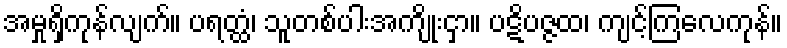
အမှုရှိကုန်လျက်။ ပရတ္ထံ၊ သူတစ်ပါးအကျိုးငှာ။ ပဋိပဇ္ဇထ၊ ကျင့်ကြလေကုန်။